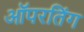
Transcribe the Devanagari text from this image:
ऑपरतिंग